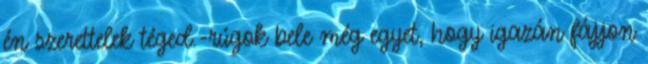
én szerettelek téged.-rúgok bele még egyet, hogy igazán fájjon